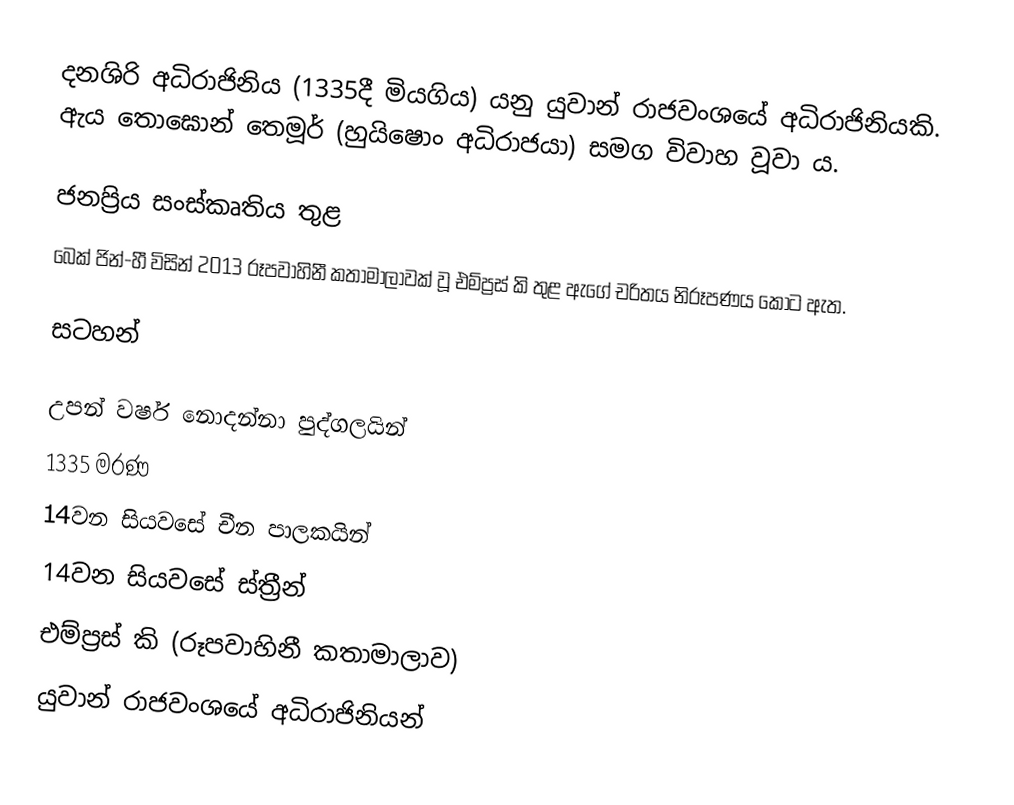
දනශිරි අධිරාජිනිය (1335දී මියගිය) යනු යුවාන් රාජවංශයේ අධිරාජිනියකි. ඇය තොඝොන් තෙමූර් (හුයිෂොං අධිරාජයා) සමග විවාහ වූවා ය.

ජනප්‍රිය සංස්කෘතිය තුළ
බෙක් ජින්-හී විසින් 2013 රූපවාහිනී කතාමාලාවක් වූ එම්ප්‍රස් කි තුළ ඇගේ චරිතය නිරූපණය කොට ඇත.

සටහන්

උපන් වර්ෂ නොදන්නා පුද්ගලයින්
1335 මරණ
14වන සියවසේ චීන පාලකයින්
14වන සියවසේ ස්ත්‍රීන්
එම්ප්‍රස් කි (රූපවාහිනී කතාමාලාව)
යුවාන් රාජවංශයේ අධිරාජිනියන්